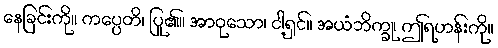
နေခြင်းကို။ ကပ္ပေတိ၊ ပြု၏။ အာဝုသော၊ ငါ့ရှင်။ အယံဘိက္ခု၊ ဤရဟန်းကို။